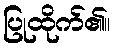
ပြုထိုက်၏။